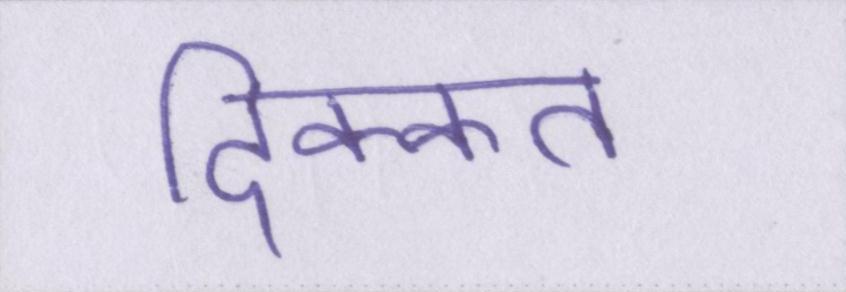
दिक्कत